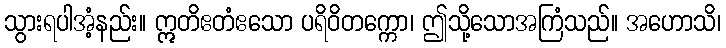
သွားရပါအံ့နည်း။ ဣတိဧတံဧသော ပရိဝိတက္ကော၊ ဤသို့သောအကြံသည်။ အဟောသိ၊